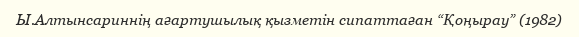
Ы.Алтынсариннің ағартушылық қызметін сипаттаған “Қоңырау” (1982)